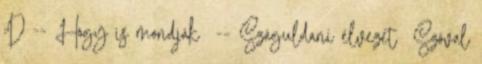
:D -- Hogy is mondják -- Száguldani élvezet Szóval